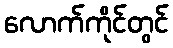
လောက်ကိုင်တွင်